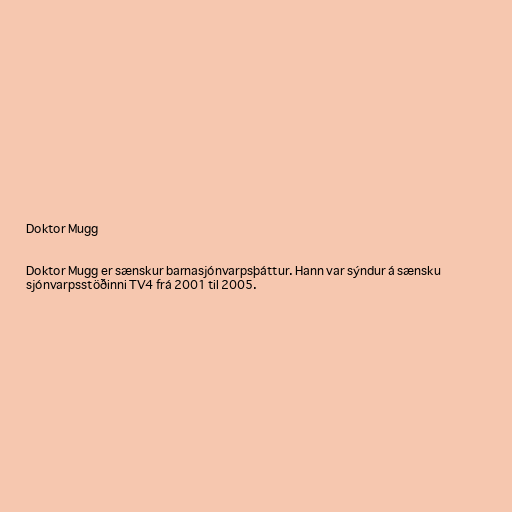
Doktor Mugg

Doktor Mugg er sænskur barnasjónvarpsþáttur. Hann var sýndur á sænsku
sjónvarpsstöðinni TV4 frá 2001 til 2005.